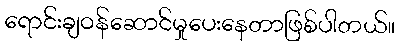
ရောင်းချဝန်ဆောင်မှုပေးနေတာဖြစ်ပါတယ်။